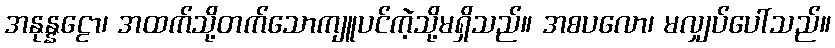
အနုန္နဠော၊ အထက်သို့တက်သောကျူပင်ကဲ့သို့မရှိသည်။ အစပလော၊ မလျှပ်ပေါ်သည်။